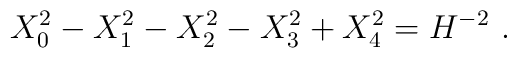
X^2_0 -X^2_1-X^2_2 -X^2_3+ X^2_4 = H^{-2} \ .